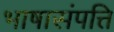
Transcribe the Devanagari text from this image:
भाषासंपत्ति